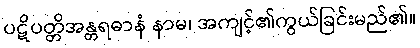
ပဋိပတ္တိအန္တရဓာနံ နာမ၊ အကျင့်၏ကွယ်ခြင်းမည်၏။